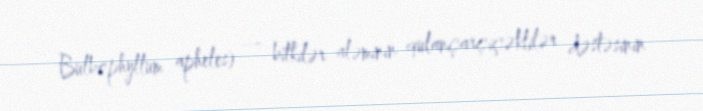
Bulbophyllum apheles) — bitkilər aləminin qulançarçiçəklilər dəstəsinin